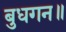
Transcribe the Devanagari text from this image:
बुधगन॥